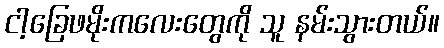
ငါ့ခြေဖမိုးကလေးတွေကို သူ နမ်းသွားတယ်။